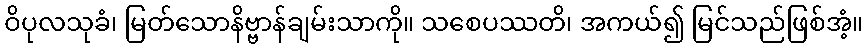
ဝိပုလသုခံ၊ မြတ်သောနိဗ္ဗာန်ချမ်းသာကို။ သစေပဿတိ၊ အကယ်၍ မြင်သည်ဖြစ်အံ့။